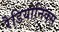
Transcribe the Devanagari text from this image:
रैडियोनिक्स